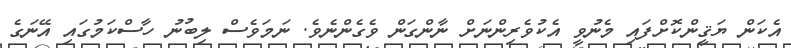
އެކަން ޔަޤީންކޮށްފައި މެނުވީ އެކުވެރިންނަށް ނާންގަން ވެގެންނެވެ. ނަމަވެސް ލިބުނު ހާސްކަމުގައި އޭނަގެ